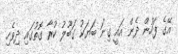
އޭގެ ފަހުން ދެން އައީ ގިނަ ބަޔަކު ގަބޫލު ކުރާ ގޮތުގައި ދިވެހި